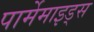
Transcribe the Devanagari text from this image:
पार्मेमाइड्स